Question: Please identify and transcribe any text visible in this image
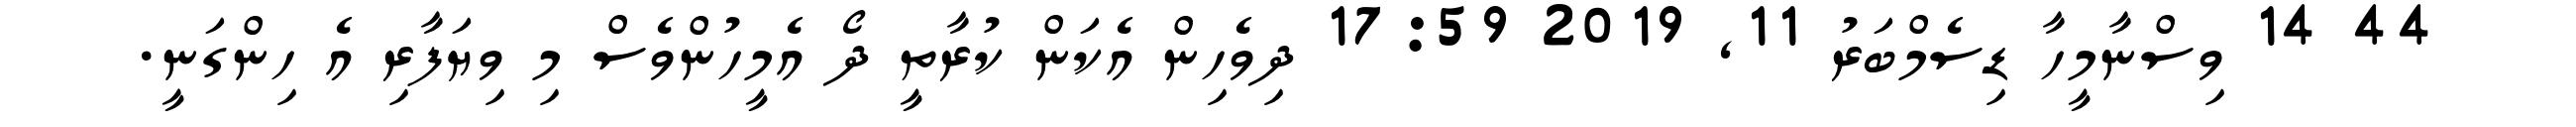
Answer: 44 14 ވިސްނާމީހާ ޑިސެމްބަރު 11, 2019 17:59 ދިވެހިން އެކަން ކުރާތީ ދޯ އެމީހުންވެސް މި ވިޔަފާރި އެ ހިންގަނީ.